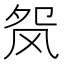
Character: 𬱺